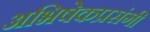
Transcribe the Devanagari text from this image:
अभिषेकप्रसंगी